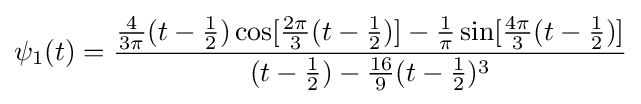
\psi _{1}(t)={\frac {{\frac {4}{3\pi }}(t-{\frac {1}{2}})\cos[{\frac {2\pi }{3}}(t-{\frac {1}{2}})]-{\frac {1}{\pi }}\sin[{\frac {4\pi }{3}}(t-{\frac {1}{2}})]}{(t-{\frac {1}{2}})-{\frac {16}{9}}(t-{\frac {1}{2}})^{3}}}